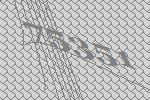
75351